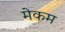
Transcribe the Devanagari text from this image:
मेकम